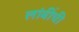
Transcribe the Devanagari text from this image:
लांबींची